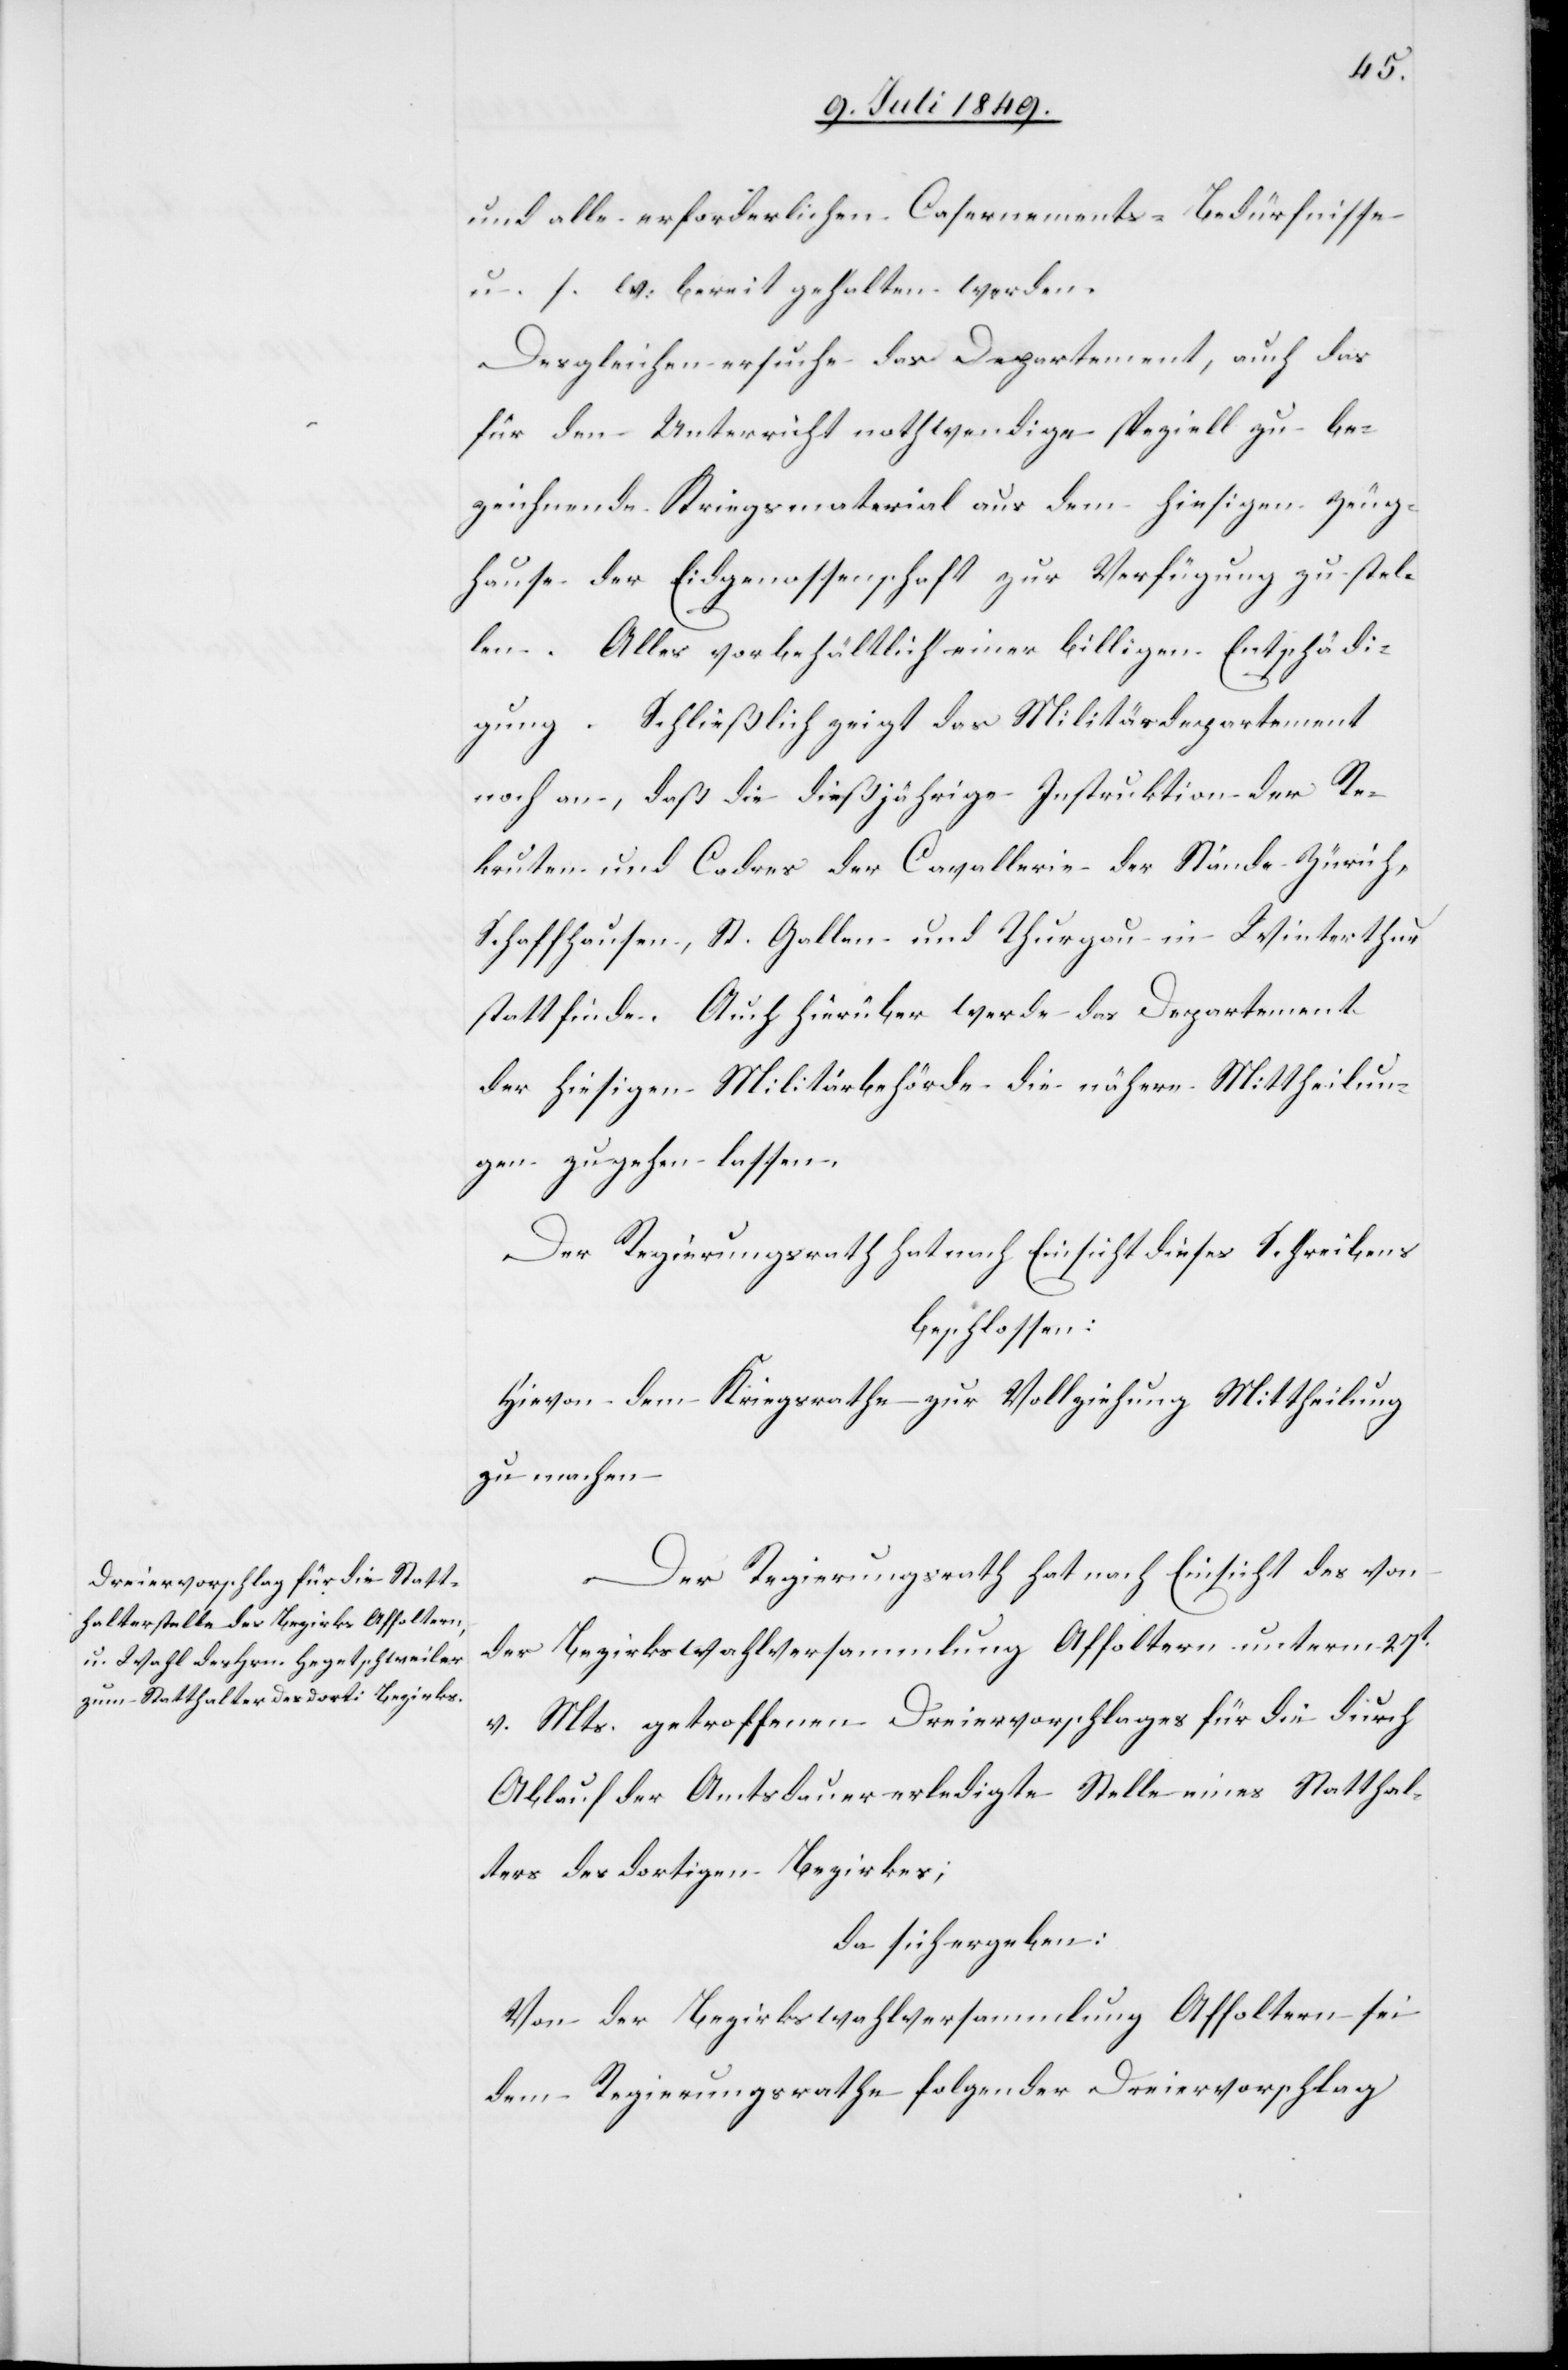
und alle erforderlichen Casernements-Bedürfnisse
u. s. w. bereit gehalten werden.
Desgleichen ersuche das Departement, auch das
für den Unterricht nothwendige speziell zu be¬
zeichnende Kriegsmaterial aus dem hiesigen Zeug¬
hause der Eidgenossenschaft zur Verfügung zu stel¬
len. Alles vorbehältlich einer billigen Entschädi¬
gung. Schließlich zeigt das Militärdepartement
noch an, daß die dießjährige Instruktion der Re¬
kruten und Cadres der Cavallerie der Stände Zürich,
Schaffhausen, St. Gallen und Thurgau in Winterthur
stattfinde. Auch hierüber werde das Departement
der hiesigen Militärbehörde die nähere Mittheilun¬
gen zu gehen lassen.
Der Regierungsrath hat nach Einsicht dieses Schreibens
beschlossen:
Hievon dem Kriegsrathe zur Vollziehung Mittheilung
zu machen.
Der Regierungsrath hat nach Einsicht des von
der Bezirksversammlung Affoltern unterm 27t
v. Mts. getroffenen Dreiervorschlages für die durch
Ablauf der Amtsdauer erledigte Stelle eines Statthal¬
ters des dortigen Bezirkes;
da sich ergeben:
Von der Bezirkswahlversammlung Affoltern sei
dem Regierungsrathe folgender Dreiervorschlag